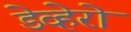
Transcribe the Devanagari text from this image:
डेव्हेरो